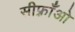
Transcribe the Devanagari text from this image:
सीफ़्राँओ